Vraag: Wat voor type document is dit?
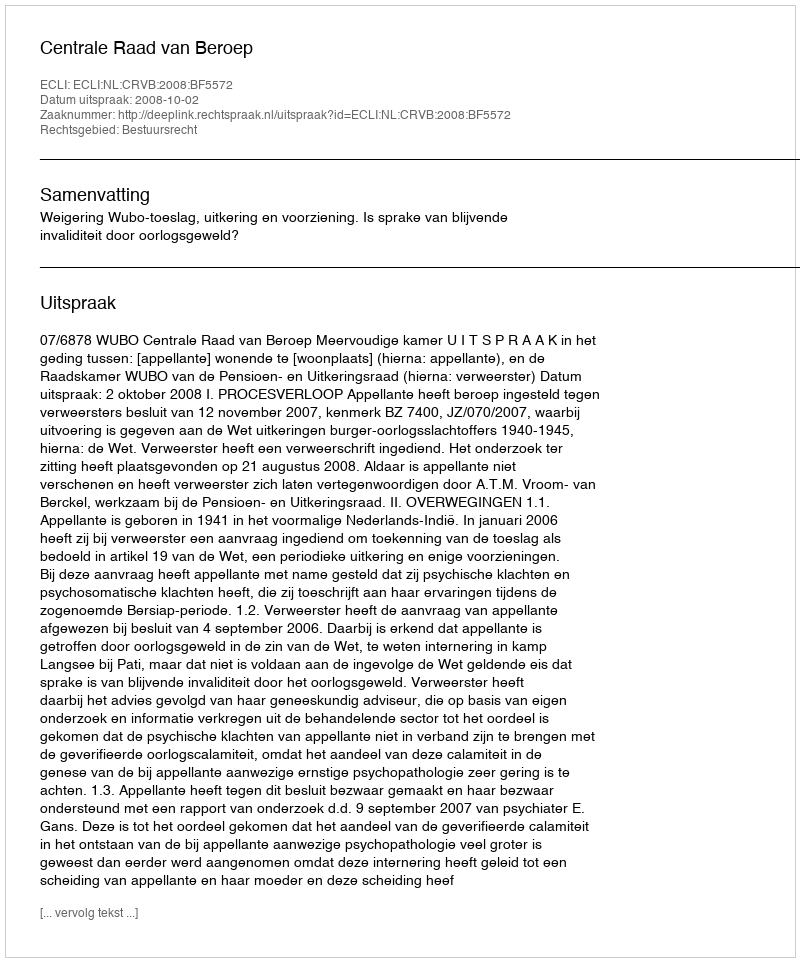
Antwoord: Uitspraak